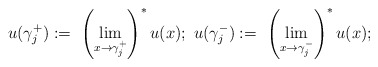
\begin{align*}u(\gamma _{j}^{+}):=\ \left( \underset{x\rightarrow \gamma _{j}^{+}}{\lim }\right) ^{\ast }u(x);\ u(\gamma _{j}^{-}):=\ \left( \underset{x\rightarrow\gamma _{j}^{-}}{\lim }\right) ^{\ast }u(x); \end{align*}